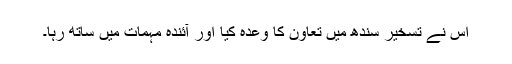
اس نے تسخیر سندھ میں تعاون کا وعدہ کیا اور آئندہ مہمات میں ساتھ رہا۔